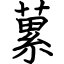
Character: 蔂